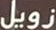
زويل